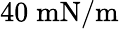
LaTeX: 40\; \mathrm{mN/m}